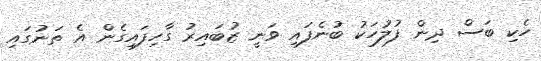
ހެކި ބަސް ދިން ފުލުހަކު ބުނެފައި ވަނީ ޒުބައިރު ގާހިފައިގެން އެ ތަނުގައި